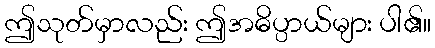
ဤသုတ်မှာလည်း ဤအဓိပ္ပာယ်များ ပါ၏။